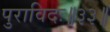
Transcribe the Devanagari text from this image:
पुराविदः॥३३॥